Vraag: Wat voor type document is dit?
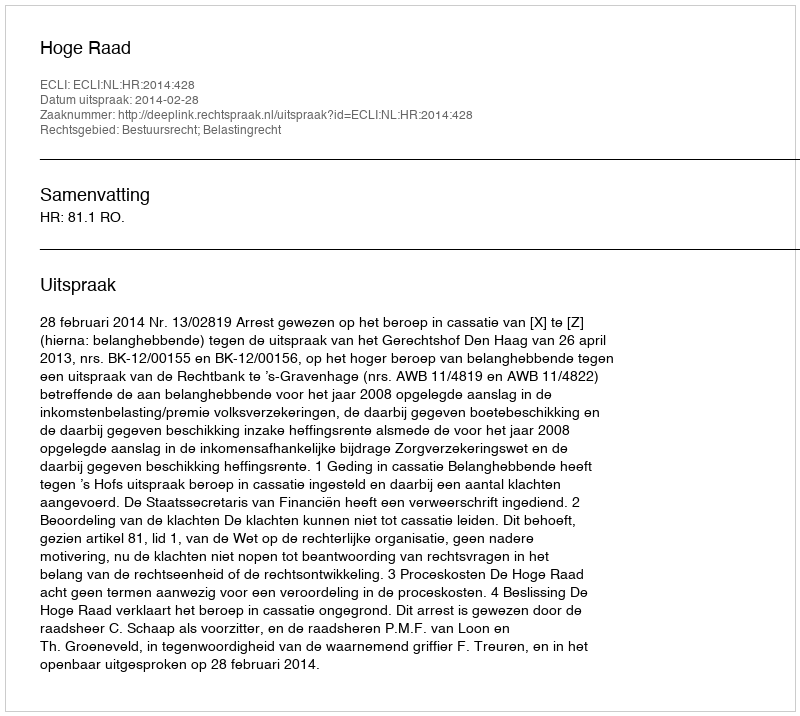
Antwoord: Uitspraak